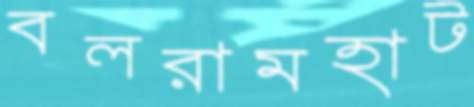
বলরামহাট